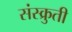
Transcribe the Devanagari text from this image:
संस्क्रुती